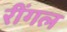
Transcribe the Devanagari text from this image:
रींगल